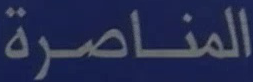
المناصرة